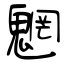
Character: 魍